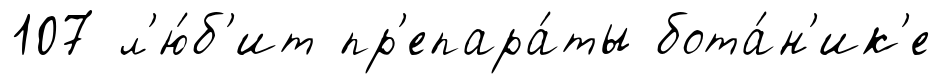
107 л'ю́б'ит пр'епара́ты бота́н'ик'е